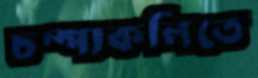
চম্পাকলিতে